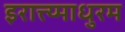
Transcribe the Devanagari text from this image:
इरात्त्य्माधुरम